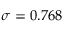
\sigma = 0 . 7 6 8